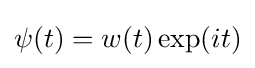
\psi (t)=w(t)\exp(it)